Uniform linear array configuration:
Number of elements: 8
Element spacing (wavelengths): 1
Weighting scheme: hamming
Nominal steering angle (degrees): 0
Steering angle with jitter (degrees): -1.838
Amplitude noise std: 0.05
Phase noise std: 0.05

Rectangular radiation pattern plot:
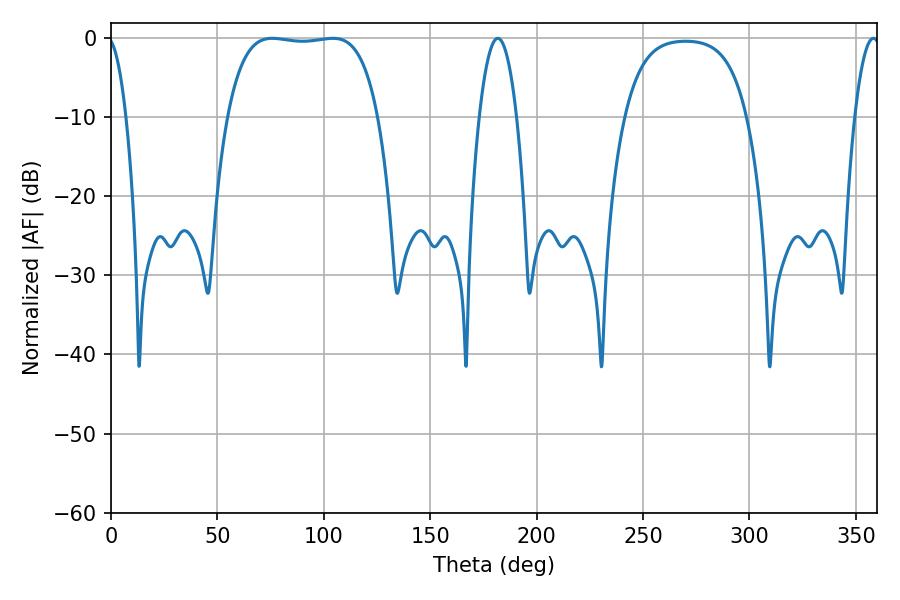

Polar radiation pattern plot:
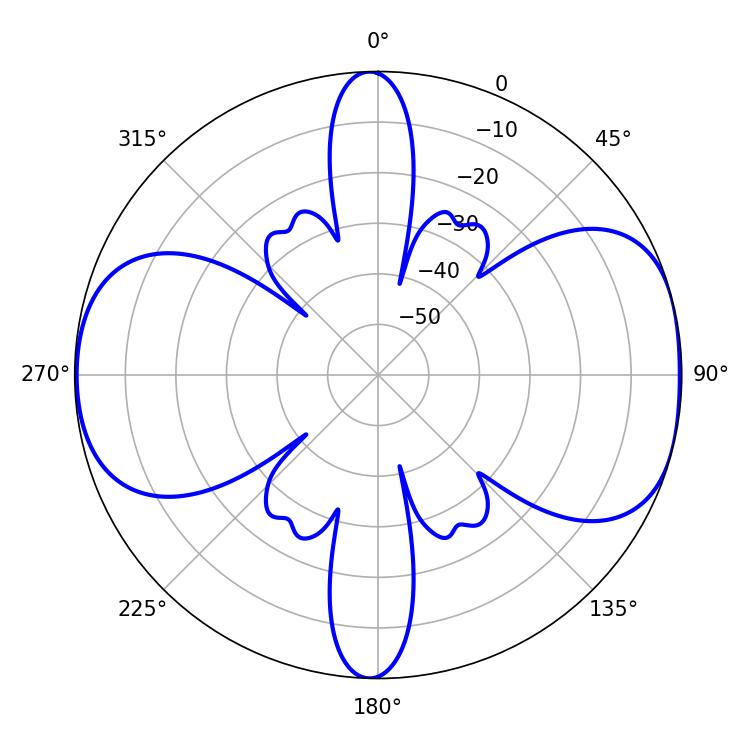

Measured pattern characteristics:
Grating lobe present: TRUE
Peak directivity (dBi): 8.439
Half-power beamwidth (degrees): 55.8
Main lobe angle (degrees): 75.78